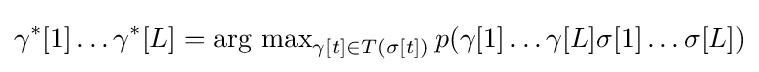
\gamma ^{*}[1]\ldots \gamma ^{*}[L]=\operatorname {\arg \,max} _{\gamma [t]\in T(\sigma [t])}p(\gamma [1]\ldots \gamma [L]\sigma [1]\ldots \sigma [L])